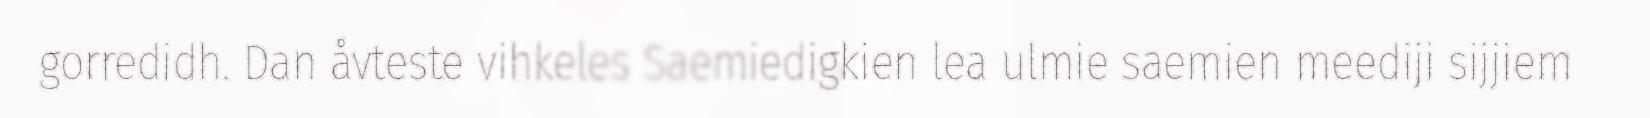
gorredidh. Dan åvteste vihkeles Saemiedigkien lea ulmie saemien meediji sijjiem